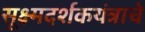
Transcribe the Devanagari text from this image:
सूक्ष्मदर्शकयंत्राचे